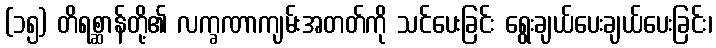
(၁၅) တိရစ္ဆာန်တို့၏ လက္ခဏာကျမ်းအတတ်ကို သင်ပေးခြင်း ရွေးချယ်ပေးချယ်ပေးခြင်း၊